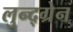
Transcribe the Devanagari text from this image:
लुन्द्ग्रेन